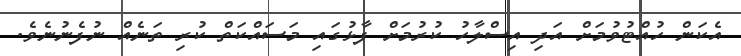
އެކަން ހުއްޓުވުމަށް އަދި އިސްލާހު ކުރުމަށް ފާޅުގައި މަސައްކަތް ކުރި ތަނެއް ނުފެނުނެވެ.